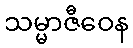
သမ္မာဇီဝေန